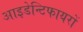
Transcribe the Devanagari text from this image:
आइडेन्टिफायरों